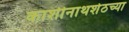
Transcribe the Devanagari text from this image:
काशीनाथशेठच्या